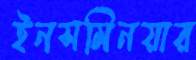
ইনসমিনয়ার